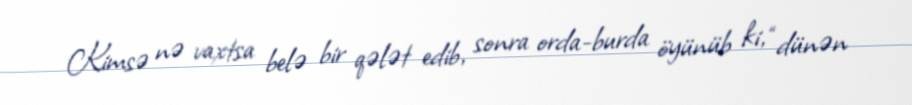
Kimsə nə vaxtsa belə bir qələt edib, sonra orda-burda öyünüb ki, “dünən